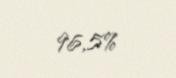
96,5%